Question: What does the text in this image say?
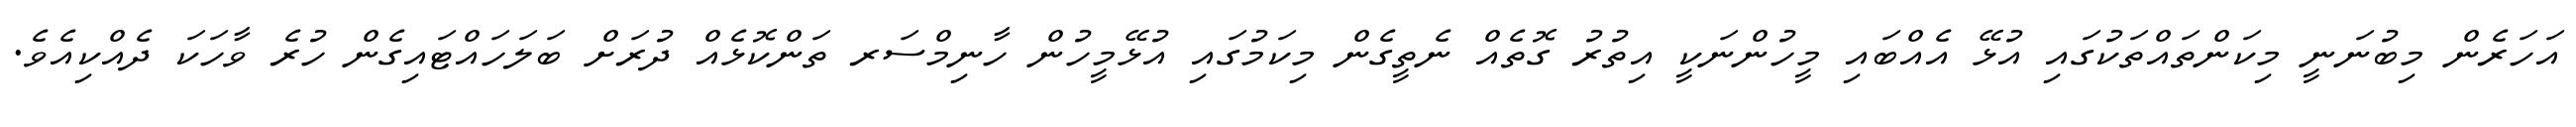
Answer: އަހަރެން މިބުނަނީ މިކަންތައްތަކުގައި އުޅޭ އެއްބައި މީހުންނަކީ އިތުރު ގޮތެއް ނެތީގެން މިކަމުގައި އުޅޭމީހުން ހާނިމްސަރ ތަންކޮޅެއް ދުރަށް ބަލަހައްޓައިގެން ހުރެ ވާހަކަ ދެއްކިއެވެ.